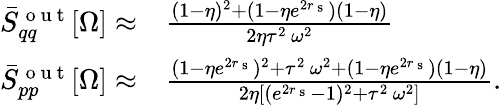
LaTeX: \begin{array}{rl}{\bar{S}_{qq}^{\mathrm{~o~u~t~}}[\Omega]\approx}&{{}\frac{(1-\eta)^{2}+(1-\eta e^{2r_{\mathrm{~s~}}})(1-\eta)}{2\eta\tau^{2}\, \omega^{2}}}\\ {\bar{S}_{pp}^{\mathrm{~o~u~t~}}[\Omega]\approx}&{{}\frac{(1-\eta e^{2r_{\mathrm{~s~}}})^{2}+\tau^{2}\, \omega^{2}+(1-\eta e^{2r_{\mathrm{~s~}}})(1-\eta)}{2\eta\left[(e^{2r_{\mathrm{~s~}}}-1)^{2}+\tau^{2}\, \omega^{2}\right]}.}\end{array}